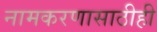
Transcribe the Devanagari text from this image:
नामकरणासाठीही